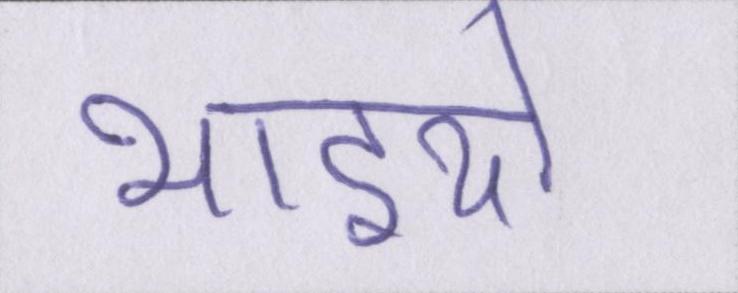
भाइयो